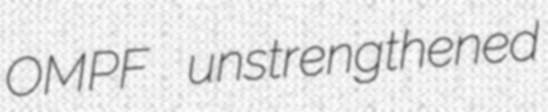
OMPF unstrengthened